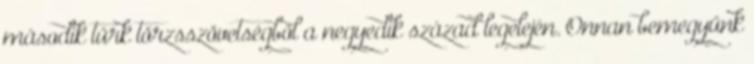
második türk törzsszövetségből a negyedik század legelején. Onnan bemegyünk